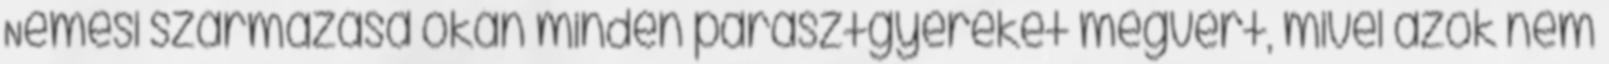
Nemesi származása okán minden parasztgyereket megvert, mivel azok nem